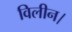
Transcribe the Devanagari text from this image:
विलीन।